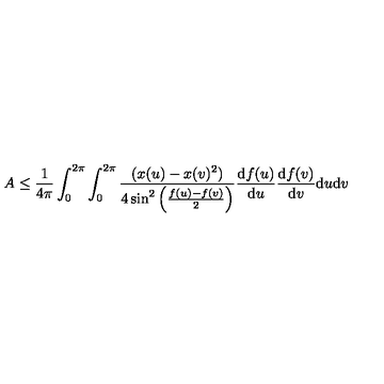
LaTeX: A \leq \frac { 1 } { 4 \pi } \int _ { 0 } ^ { 2 \pi } \int _ { 0 } ^ { 2 \pi } \frac { ( x ( u ) - x ( v ) ^ { 2 } ) } { 4 \sin ^ { 2 } \left( \frac { f ( u ) - f ( v ) } { 2 } \right) } \frac { \mathrm { d } f ( u ) } { \mathrm { d } u } \frac { \mathrm { d } f ( v ) } { \mathrm { d } v } \mathrm { d } u \mathrm { d } v